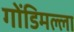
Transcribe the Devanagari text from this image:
गोंडिमल्ला